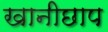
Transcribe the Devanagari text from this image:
खानीछाप